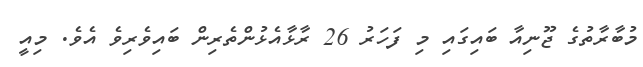
މުބާރާތުގެ ޖޫނިއާ ބައިގައި މި ފަހަރު 26 ރާޅާއެޅުންތެރިން ބައިވެރިވެ އެވެ. މިއީ